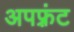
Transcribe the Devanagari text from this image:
अपफ़्रंट